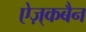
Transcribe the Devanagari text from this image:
ऐज़्कबैन